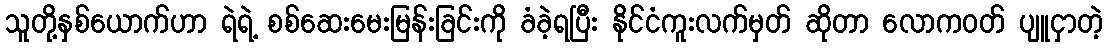
သူတို့နှစ်ယောက်ဟာ ရဲရဲ့ စစ်ဆေးမေးမြန်းခြင်းကို ခံခဲ့ရပြီး နိုင်ငံကူးလက်မှတ် ဆိုတာ လောကဝတ် ပျူငှာတဲ့